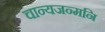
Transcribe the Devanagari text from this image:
चान्यजन्मनि